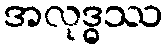
အလုဒ္ဓဿ